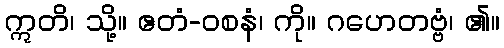
ဣတိ၊ သို့။ ဧတံ-ဝစနံ၊ ကို။ ဂဟေတဗ္ဗံ၊ ၏။